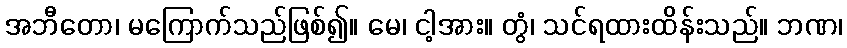
အဘီတော၊ မကြောက်သည်ဖြစ်၍။ မေ၊ ငါ့အား။ တွံ၊ သင်ရထားထိန်းသည်။ ဘဏ၊